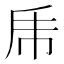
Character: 乕